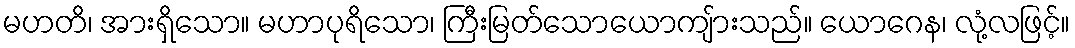
မဟတိ၊ အားရှိသော။ မဟာပုရိသော၊ ကြီးမြတ်သောယောကျ်ားသည်။ ယောဂေန၊ လုံ့လဖြင့်။